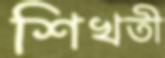
শিখতী